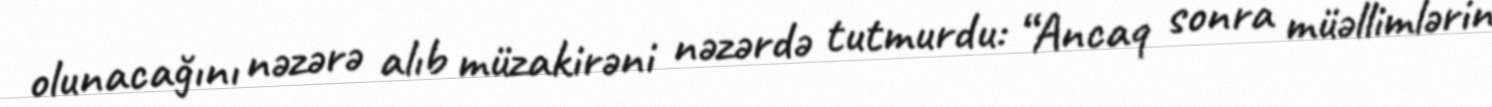
olunacağını nəzərə alıb müzakirəni nəzərdə tutmurdu: “Ancaq sonra müəllimlərin